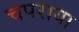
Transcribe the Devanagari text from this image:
चपराया